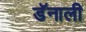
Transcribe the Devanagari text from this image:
डॅनाली